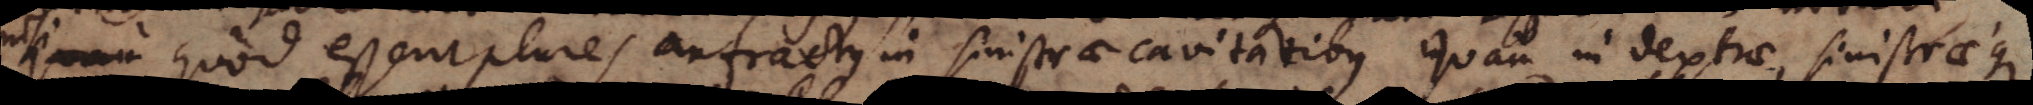
nisi qam quod essent plures anfractus in sinistrae cavitatibus quam in dextrae, sinistraeque